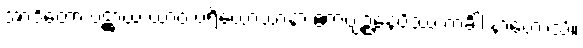
အာဒိတော ပဋ္ဌာယ ယာဝ ပရိယောသာနာ ဧကဗျဉ္ဇနေပိဿ ကင်္ခါ နာဟောသိ။